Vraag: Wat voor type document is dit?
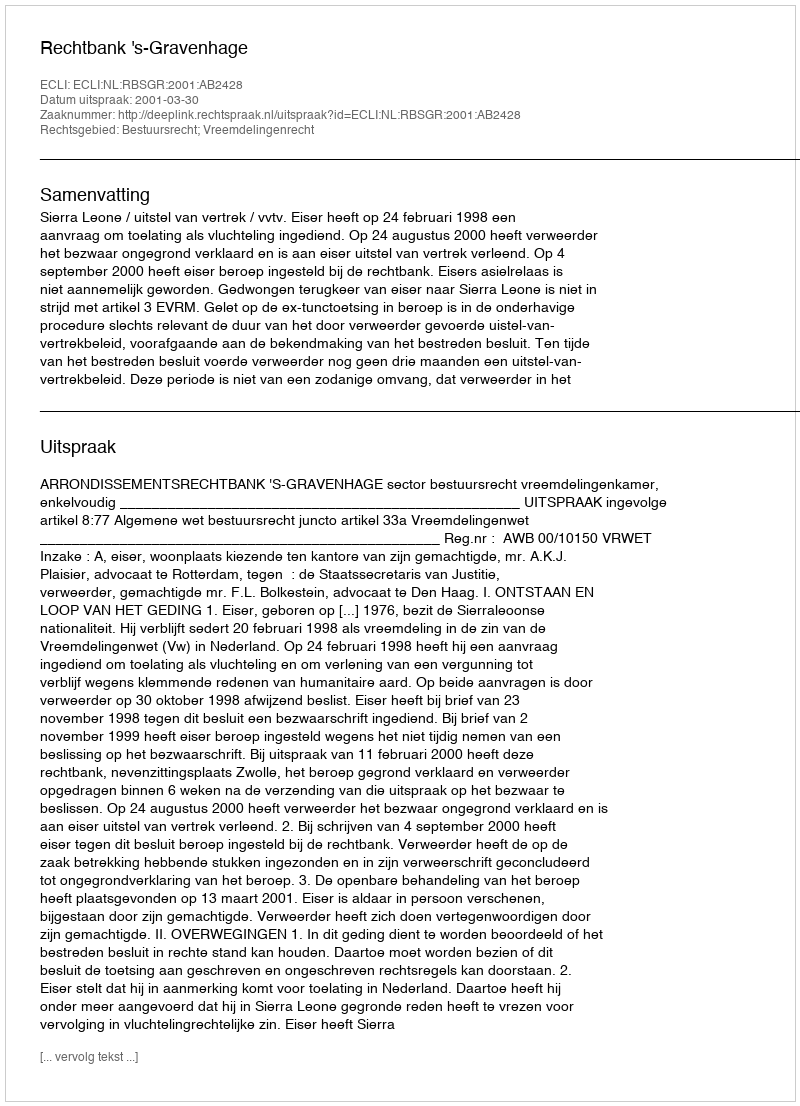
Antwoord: Uitspraak